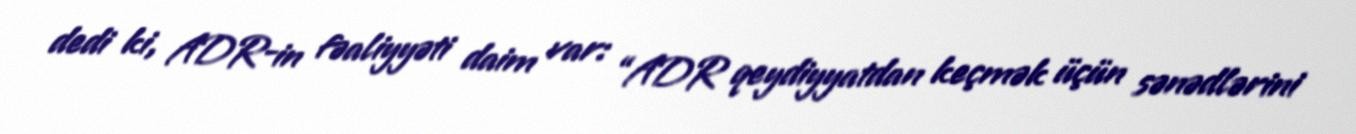
dedi ki, ADR-in fəaliyyəti daim var: “ADR qeydiyyatdan keçmək üçün sənədlərini